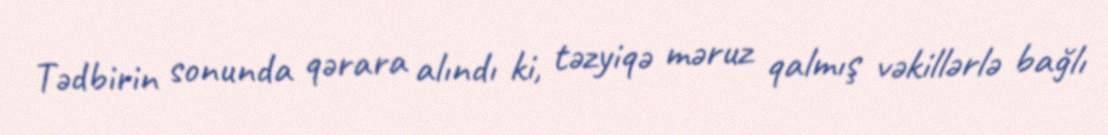
Tədbirin sonunda qərara alındı ki, təzyiqə məruz qalmış vəkillərlə bağlı